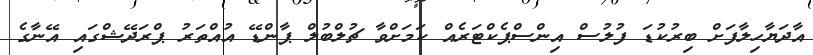
އާދަޔާހިލާފަށް ބިރުކުޑަ ފުލުސް އިންސްޕެކްޓަރެއް ކަމަށްވާ ޗުލްބުލް ޕާންޑޭ އުއްތަރު ޕްރަދޭޝްގައި އޭނާގެ